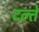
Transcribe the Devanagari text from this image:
दल्ते